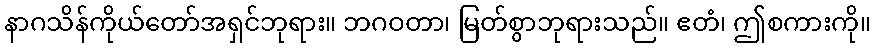
နာဂသိန်ကိုယ်တော်အရှင်ဘုရား။ ဘဂဝတာ၊ မြတ်စွာဘုရားသည်။ ဧတံ၊ ဤစကားကို။